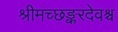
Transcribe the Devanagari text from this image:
श्रीमच्छङ्करदेवश्च